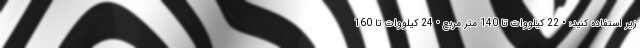
زیر استفاده کنید: • 22 کیلووات تا 140 متر مربع • 24 کیلووات تا 160